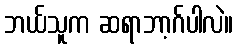
ဘယ်သူက ဆရာဘာ့ဂ်ပါလဲ။